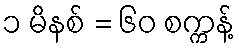
၁ မိနစ် = ၆၀ စက္ကန့်